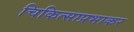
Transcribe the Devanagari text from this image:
चिकित्साप्रभाकर